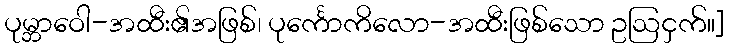
ပုမ္ဘာဝေါ-အထီး၏အဖြစ်၊ ပုင်္ကောကိလော-အထီးဖြစ်သော ဥဩငှက်။]